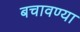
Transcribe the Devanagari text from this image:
बचावण्या